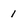
Character: 1